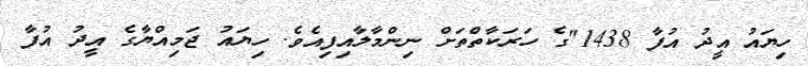
ހިޔައު އީދު އުފާ 1438"ގެ ހަރަކާތްތަށް ނިންމާލާއިފިއެވެ. ހިޔައު ޖަމިއްޔާގެ އީދު އުފާ